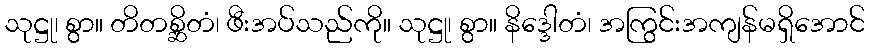
သုဋ္ဌု၊ စွာ။ တိတစ္ဆိတံ၊ ဖီးအပ်သည်ကို။ သုဋ္ဌု၊ စွာ။ နိဒ္ဒေါတံ၊ အကြွင်းအကျန်မရှိအောင်